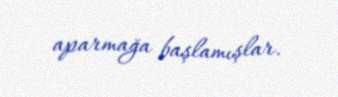
aparmağa başlamışlar.